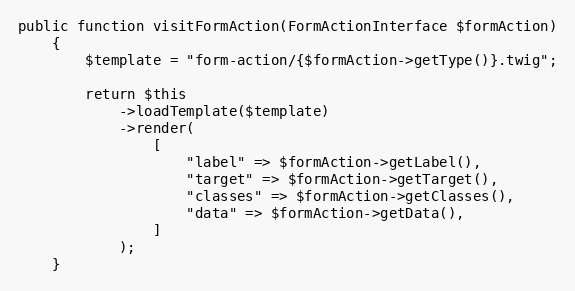
Language: PHP
public function visitFormAction(FormActionInterface $formAction)
    {
        $template = "form-action/{$formAction->getType()}.twig";

        return $this
            ->loadTemplate($template)
            ->render(
                [
                    "label" => $formAction->getLabel(),
                    "target" => $formAction->getTarget(),
                    "classes" => $formAction->getClasses(),
                    "data" => $formAction->getData(),
                ]
            );
    }